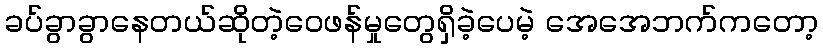
ခပ်ခွာခွာနေတယ်ဆိုတဲ့ဝေဖန်မှုတွေရှိခဲ့ပေမဲ့ အေအေဘက်ကတော့